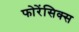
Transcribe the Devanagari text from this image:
फोरेंसिक्स